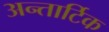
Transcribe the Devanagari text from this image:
अन्तार्टिक